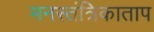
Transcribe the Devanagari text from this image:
मनस्तंत्रिकाताप